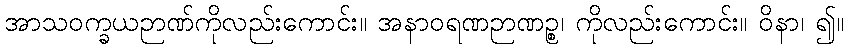
အာသဝက္ခယဉာဏ်ကိုလည်းကောင်း။ အနာဝရဏဉာဏဉ္စ၊ ကိုလည်းကောင်း။ ဝိနာ၊ ၍။